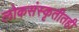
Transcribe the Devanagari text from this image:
लोकसंस्कृतीतही